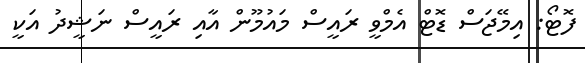
ފޮޓޯ: އިމޭޖަސް ޑޮޓް އެމްވީ ރައީސް މައުމޫން އާއި ރައީސް ނަޝީދު އަކީ